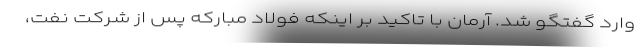
وارد گفتگو شد. آرمان با تاکید بر اینکه فولاد مبارکه پس از شرکت نفت،